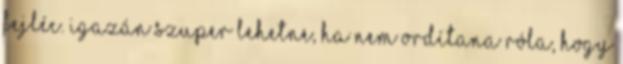
fejléc. Igazán szuper lehetne, ha nem ordítana róla, hogy